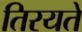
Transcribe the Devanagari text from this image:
तिरयते